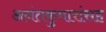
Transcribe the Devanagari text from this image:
अनंतकुमारांसह